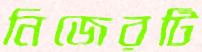
নিজেরটি